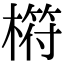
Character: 𣘧